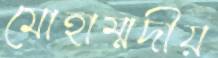
মোহাম্মদীয়